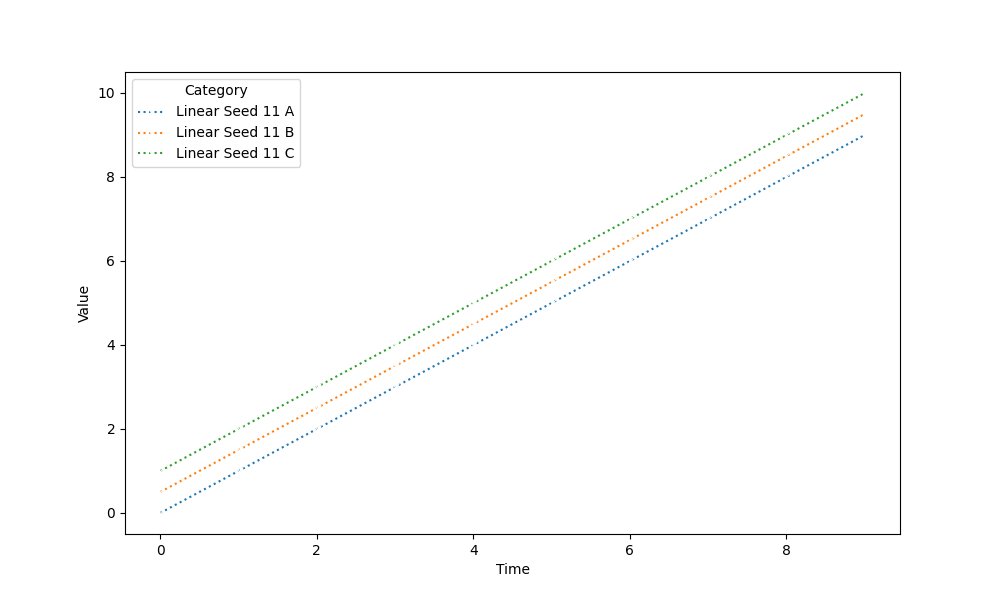
python, seaborn, lineplot, style='dotted', marker='x'